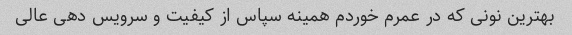
بهترین نونی که در عمرم خوردم همینه سپاس از کیفیت و سرویس دهی عالی